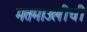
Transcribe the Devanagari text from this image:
मतमाउलीची